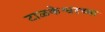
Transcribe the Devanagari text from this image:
टाळकेश्वरच्या